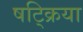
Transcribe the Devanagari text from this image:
षट्क्रिया